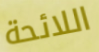
اللائحة